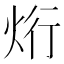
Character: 烆